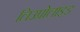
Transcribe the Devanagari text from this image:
लिउप्रोलाइड